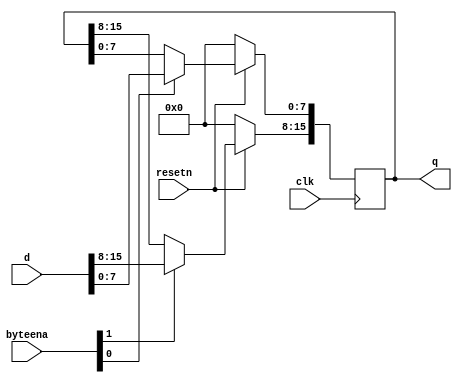
module top_module (
    input clk,
    input resetn,
    input [1:0] byteena,
    input [15:0] d,
    output [15:0] q
);

    always @(posedge clk) begin
        if(!resetn)
        begin
            q <= 16'b0;
        end
        else
        begin
            if(byteena[0])
            begin
                q[7:0] <= d[7:0];
            end
            if(byteena[1])
            begin
                q[15:8] <= d[15:8];
            end
        end
    end

endmodule